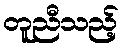
တူညီသည့်